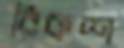
রিকশ